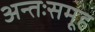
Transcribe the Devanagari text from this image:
अन्तःसमूह